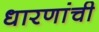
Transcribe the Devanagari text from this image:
धारणांची